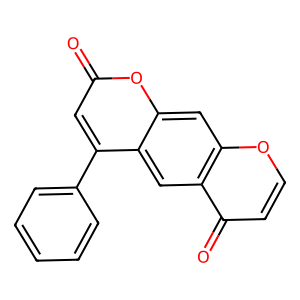
SMILES: O=c1cc(-c2ccccc2)c2cc3c(=O)ccoc3cc2o1
Inhibits HIV replication: No